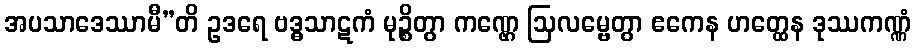
အပသာဒေဿာမီ”တိ ဥဒရေ ဗဒ္ဓသာဋကံ မုဉ္စိတွာ ကဏ္ဌေ ဩလမ္ဗေတွာ ဧကေန ဟတ္ထေန ဒုဿကဏ္ဏံ